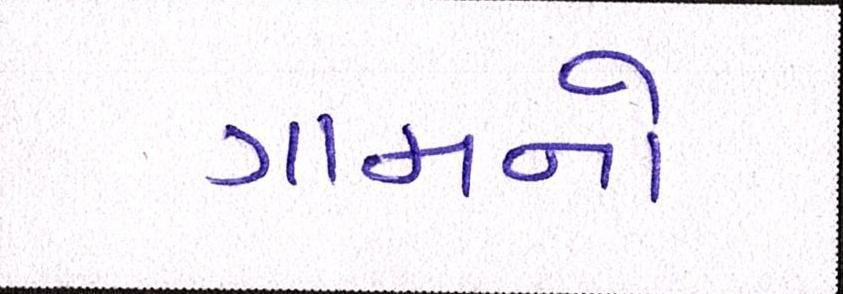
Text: ગામનો